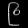
Digit: ၉